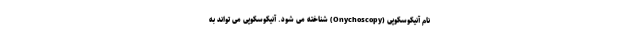
نام آنیکوسکوپی (Onychoscopy) شناخته می شود. آنیکوسکوپی می تواند به